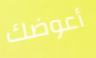
أعوضك